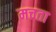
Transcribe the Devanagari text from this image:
मचता